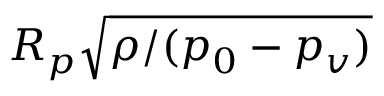
R _ { p } \sqrt { \rho / ( p _ { 0 } - p _ { v } ) }